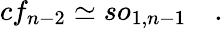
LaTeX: cf_{n-2}\simeq so_{1,n-1}\quad.